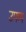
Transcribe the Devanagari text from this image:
उफष